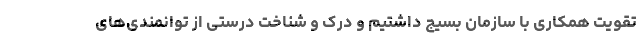
تقویت همکاری با سازمان بسیج داشتیم و درک و شناخت درستی از توانمندی‌های